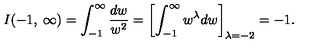
I ( - 1 , \: \infty ) = \int _ { - 1 } ^ { \infty } \frac { d w } { w ^ { 2 } } = \left[ \int _ { - 1 } ^ { \infty } w ^ { \lambda } d w \right] _ { \lambda = - 2 } = - 1 .